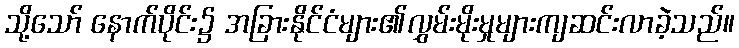
သို့သော် နောက်ပိုင်း၌ အခြားနိုင်ငံများ၏လွှမ်းမိုးမှုများကျဆင်းလာခဲ့သည်။